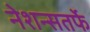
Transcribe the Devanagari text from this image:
नेशन्सतर्फे